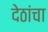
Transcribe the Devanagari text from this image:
देठांचा